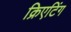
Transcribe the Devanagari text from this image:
क्रिएटिंग